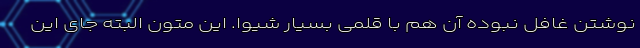
نوشتن غافل نبوده آن هم با قلمی بسیار شیوا. این متون البته جای این